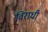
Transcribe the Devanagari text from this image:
विराधी